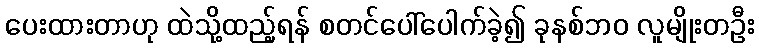
ပေးထားတာဟု ထဲသို့ထည့်ရန် စတင်ပေါ်ပေါက်ခဲ့၍ ခုနစ်ဘ၀ လူမျိုးတဦး